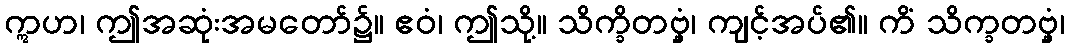
ဣဟ၊ ဤအဆုံးအမတော်၌။ ဧဝံ၊ ဤသို့။ သိက္ခိတဗ္ဗှံ၊ ကျင့်အပ်၏။ ကိံ သိက္ခတဗ္ဗှံ၊